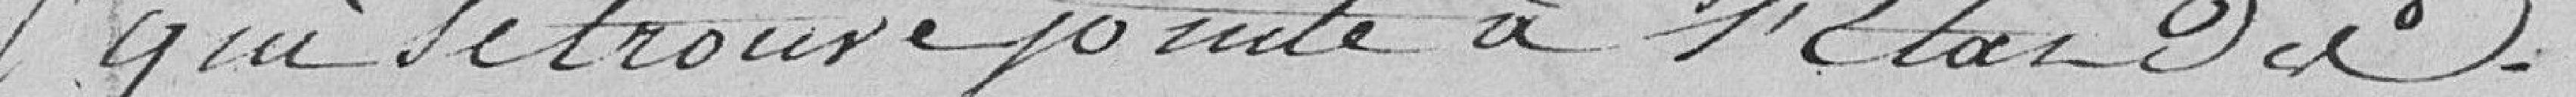
qui se trouve jointe à l'état des